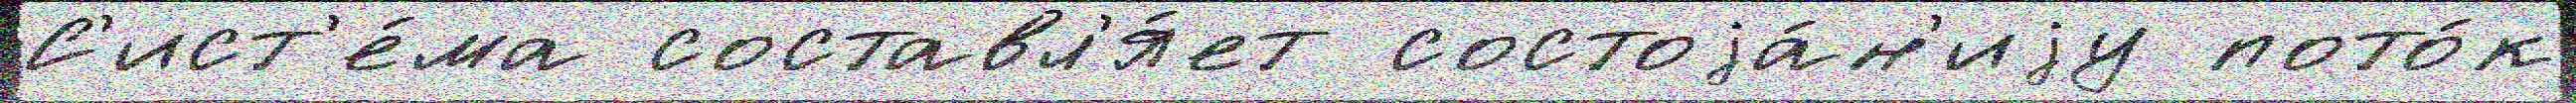
С'ист'е́ма составл'я́ет состоjа́н'иjу пото́к